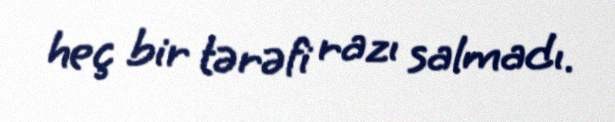
heç bir tərəfi razı salmadı.